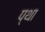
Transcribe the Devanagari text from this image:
प्था